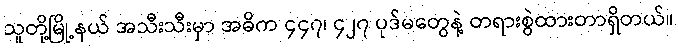
သူတို့မြို့နယ် အသီးသီးမှာ အဓိက ၄၄၇၊ ၄၂၇ ပုဒ်မတွေနဲ့ တရားစွဲထားတာရှိတယ်။